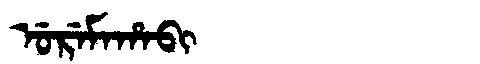
Manchu: ᡠᡵᡝᠮᠠᡥᠠᠪᡳ
Romanization: UREMAHABI